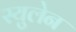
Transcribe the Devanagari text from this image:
स्युलेन